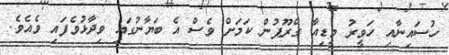
ހުސައިނާއި ހަވީރު މީޑިއާ ގްރޫޕުން ކަމަށް ވެސް އެ ބަޔާނުގައި ވިދާޅުވެފައި ވެއެވެ.